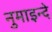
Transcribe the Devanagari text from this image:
नुमाइन्दे